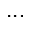
. . .